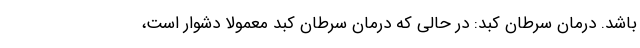
باشد. درمان سرطان کبد: در حالی که درمان سرطان کبد معمولاً دشوار است،